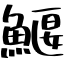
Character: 鰋